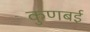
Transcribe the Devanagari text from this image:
कुणबई